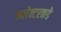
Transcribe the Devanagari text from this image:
कलेक्टरकडे